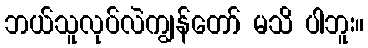
ဘယ်သူလုပ်လဲကျွန်တော် မသိ ပါဘူး။